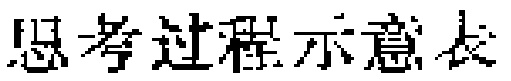
思考过程示意表